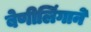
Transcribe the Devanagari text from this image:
बेणीलिंगाने